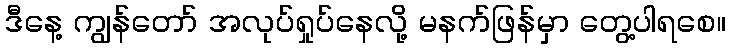
ဒီနေ့ ကျွန်တော် အလုပ်ရှုပ်နေလို့ မနက်ဖြန်မှာ တွေ့ပါရစေ။